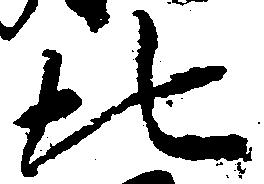
北